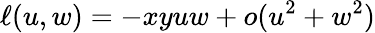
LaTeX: \ell(u,w)=-xyuw+o(u^{2}+w^{2})